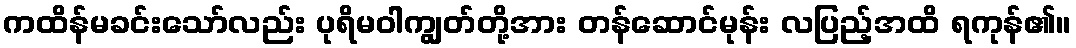
ကထိန်မခင်းသော်လည်း ပုရိမဝါကျွတ်တို့အား တန်ဆောင်မုန်း လပြည့်အထိ ရကုန်၏။